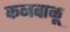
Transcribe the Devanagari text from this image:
कनवाळू